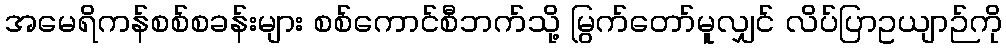
အမေရိကန်စစ်စခန်းများ စစ်ကောင်စီဘက်သို့ မြွက်တော်မူလျှင် လိပ်ပြာဥယျာဉ်ကို